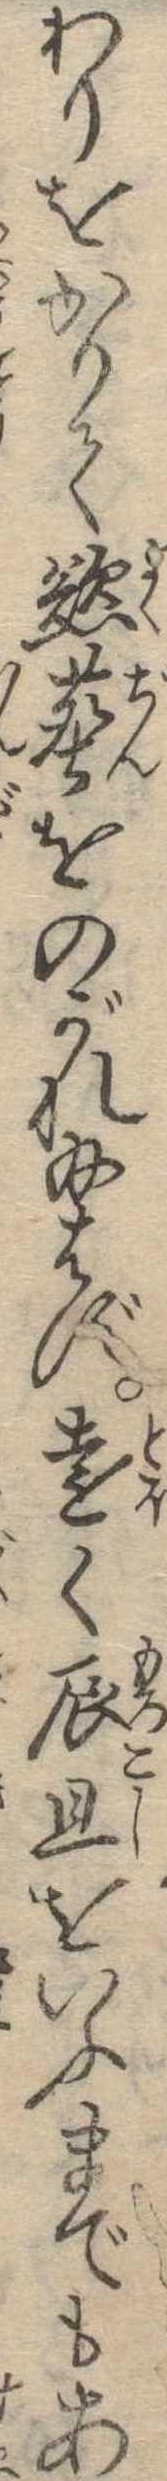
わりをかりて慾塵をのがれ給はず遠く辰旦をいふまでもあ